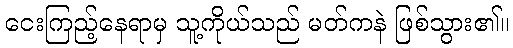
ငေးကြည့်နေရာမှ သူ့ကိုယ်သည် မတ်ကနဲ ဖြစ်သွား၏။